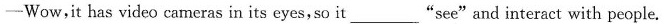
-Wow,it has video cameras in its eyes, so it ___ "see"and interact with people.